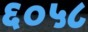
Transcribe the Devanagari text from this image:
६०५८